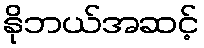
နိုဘယ်အဆင့်